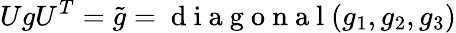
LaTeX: UgU^{T}=\tilde{g}=\mathrm{~d~i~a~g~o~n~a~l~}(g_{1},g_{2},g_{3})